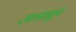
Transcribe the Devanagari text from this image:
ज्ञानातून